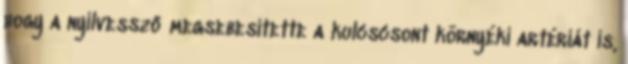
hogy a nyílvessző megsebesítette a kulcscsont környéki artériát is,